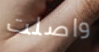
واصلت